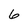
Character: 6